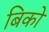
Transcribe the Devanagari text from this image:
बिको